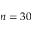
n = 3 0